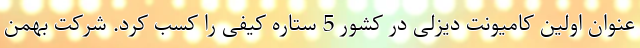
عنوان اولین کامیونت دیزلی در کشور 5 ستاره کیفی را کسب کرد. شرکت بهمن